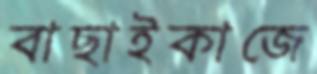
বাছাইকাজে